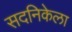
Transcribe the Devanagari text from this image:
सदनिकेला